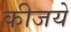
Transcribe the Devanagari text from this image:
कीजये